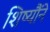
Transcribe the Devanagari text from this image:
शिष्यौंने